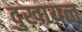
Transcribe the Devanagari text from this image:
दुखायल